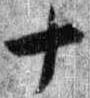
十